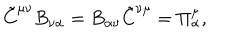
\tilde { C } ^ { \mu \nu } B _ { \nu \alpha } = B _ { \alpha \nu } \tilde { C } ^ { \nu \mu } = \Pi _ { \alpha } ^ { \mu } ,